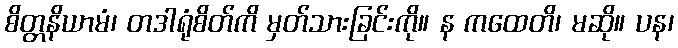
စိတ္တနိယာမံ၊ တဒါရုံစိတ်ကိ မှတ်သားခြင်းကို။ န ကထေတိ၊ မဆို။ ပန၊